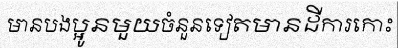
មានបងប្អូនមួយចំនួនទៀតមានដីការកោះ